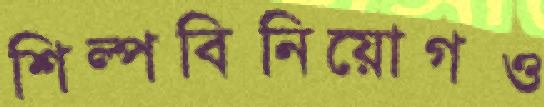
শিল্পবিনিয়োগও